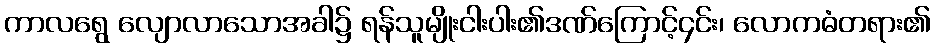
ကာလရွေ လျောလာသောအခါ၌ ရန်သူမျိုးငါးပါး၏ဒဏ်ကြောင့်၄င်း၊ လောကဓံတရား၏